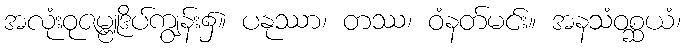
အလုံးဝုဇမ္ဗူဒိပ်ကျွန်း၌။ ပနုဿာ၊ တဿ၊ ဝံနတ်မင်း။ အနသံဝစ္ဆယံ၊